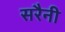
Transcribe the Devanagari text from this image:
सरैनी